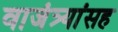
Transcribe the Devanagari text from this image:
वाजंत्र्यांसह